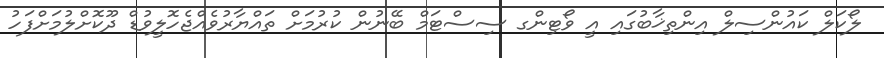
ލޯކަލް ކައުންސިލް އިންތިޚާބުގައި އީ ވޯޓިންގ ސިސްޓަމް ބޭނުން ކުރުމަށް ތައްޔާރުވެއްޖެހޮލީވުޑް ދޫކޮށްލުމަށްފަހު